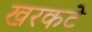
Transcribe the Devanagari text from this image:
खरकटे